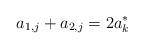
LaTeX: \begin{align*} a_{1,j} +a_{2,j} = 2a_k^* \end{align*}